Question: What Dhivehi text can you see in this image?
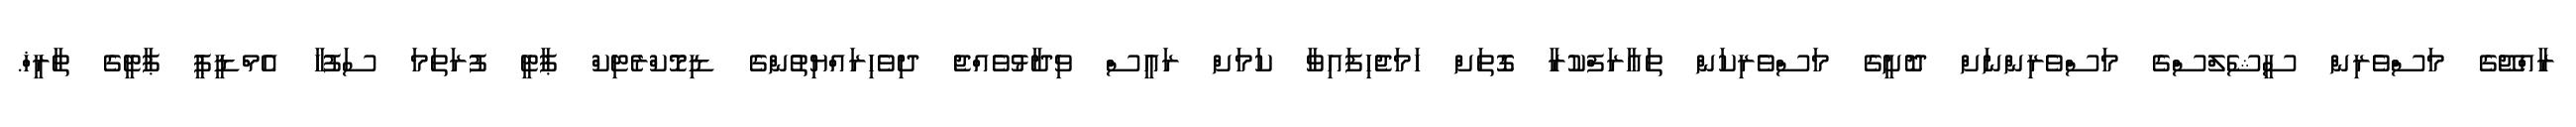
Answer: ރާއްޖޭގެ މަސްވެރިން ސީޝެލްސްގެ މަސްވެރިންނަށް ދޮށީގެ މަސްވެރިކަން ތަޢާރަފްކުރާ ގޮތަށް ހަމަޖެހިފައިވާ ކަމަށް ރައީސް ވިދާޅުވެއްޖެ ދިވެހިރައްޔިތުންގެ ޑިމޮކްރެޓިކް ޕާޓީ ފުރަތަމަ ސަފުހާ އެމްޑީޕީ ޕާޓީގެ ތާރީޚް.